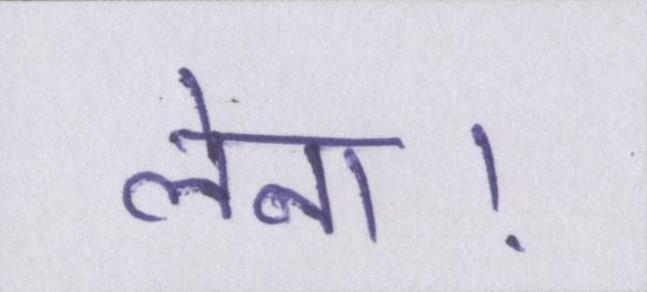
लेना।